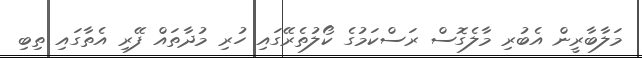
މަލާބާރީން އެބުރި މާލެގޮސް ރަސްކަމުގެ ކޯލުތެރޭގައި ހުރި މުދާތައް ފޭރި އެތާގައި ތިބި